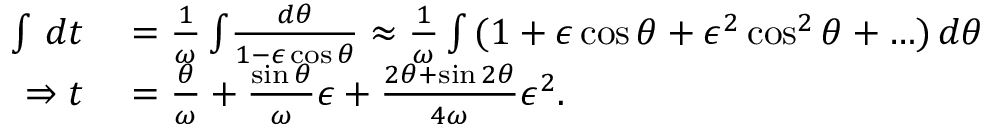
\begin{array} { r l } { \int \, d t } & { { } = \frac { 1 } { \omega } \int _ { } \frac { d \theta } { 1 - \epsilon \cos \theta } \approx \frac { 1 } { \omega } \int \, ( 1 + \epsilon \cos \theta + \epsilon ^ { 2 } \cos ^ { 2 } \theta + \ldots ) \, d \theta } \\ { \Rightarrow t } & { { } = \frac { \theta } { \omega } + \frac { \sin \theta } { \omega } \epsilon + \frac { 2 \theta + \sin 2 \theta } { 4 \omega } \epsilon ^ { 2 } . } \end{array}